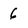
Character: 6